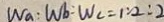
W _ { a } : W _ { b } : W _ { c } = 1 : 2 : 2